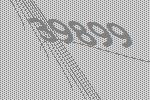
39899